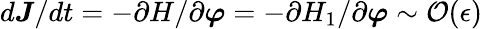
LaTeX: d\boldsymbol{J}/dt=-\partial H/\partial\boldsymbol{\varphi}=-\partial H_{1}/\partial\boldsymbol{\varphi}\sim\mathcal{O}(\epsilon)